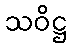
သဝိဋ္ဌ